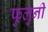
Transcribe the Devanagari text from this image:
फुलुनी